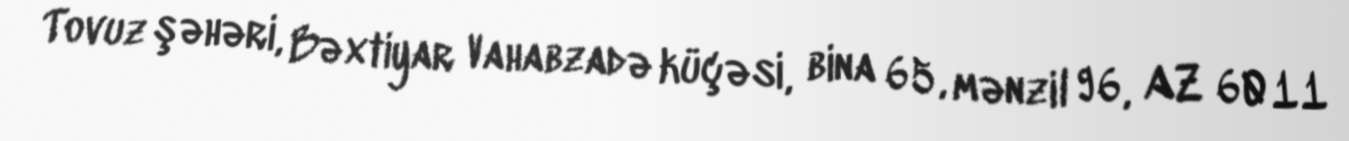
Tovuz şəhəri, Bəxtiyar Vahabzadə küçəsi, bina 65, mənzil 96, AZ 6011